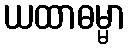
ယထာဓမ္မာ